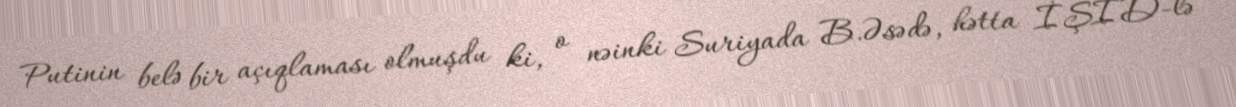
Putinin belə bir açıqlaması olmuşdu ki, o nəinki Suriyada B.Əsədə, hətta İŞİD-lə